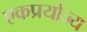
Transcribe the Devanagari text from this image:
एकप्रयोज्य